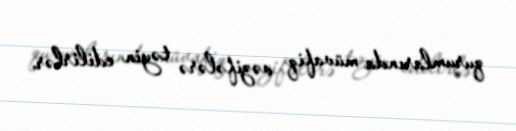
qurumlarında müvafiq vəzifələrə təyin edilirlər.